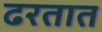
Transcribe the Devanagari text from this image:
ढरतात